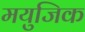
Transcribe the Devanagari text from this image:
मयुजिक